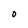
Character: O